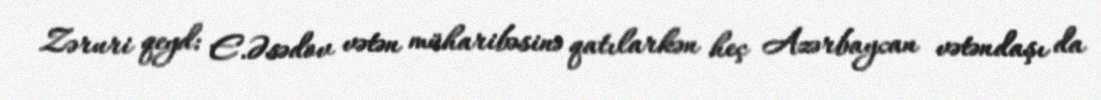
Zəruri qeyd: E.Əsədov vətən müharibəsinə qatılarkən heç Azərbaycan vətəndaşı da